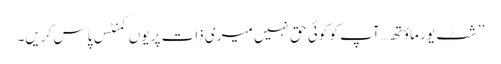
’’شٹ یور ماؤتھ…آپ کو کوئی حق نہیں میری ذات پر یوں کمنٹس پاس کریں۔